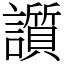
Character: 䜠